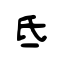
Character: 氐